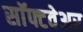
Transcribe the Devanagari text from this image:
साॅफ्टवेअर